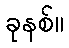
ခုနစ်။